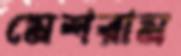
মেশরাম